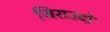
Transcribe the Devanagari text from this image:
जिराउदो